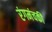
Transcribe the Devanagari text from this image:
रंगमंचकी